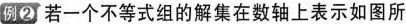
例②若一个不等式组的解集在数轴上表示如图所